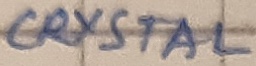
Text: CRYSTAL